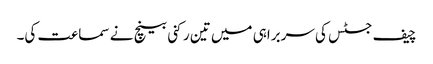
چیف جسٹس کی سربراہی میں تین رکنی بینچ نے سماعت کی۔